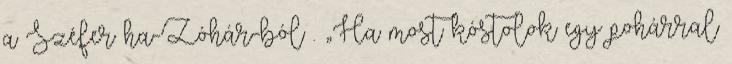
a Széfer ha-Zóhár-ból . „Ha most kóstolok egy po­hár­ral